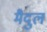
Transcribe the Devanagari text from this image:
मैदुल